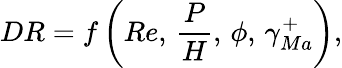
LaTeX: {DR}=f\left({Re},\, \frac{P}{H},\, \phi,\, \gamma_{Ma}^{+}\right),